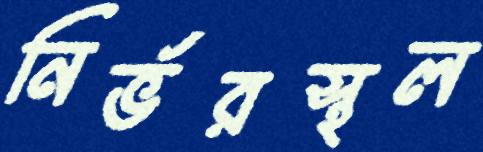
নির্ভরস্থল